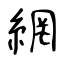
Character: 網